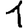
Digit: 1